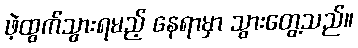
ဖဲ့ထွက်သွားရမည့် နေရာမှာ သွားတွေ့သည်။